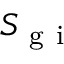
S _ { \mathrm { ~ g ~ i ~ } }